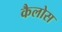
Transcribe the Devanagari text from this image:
कैलोस